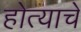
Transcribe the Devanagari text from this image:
होत्याचे